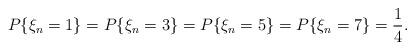
LaTeX: \begin{align*}P\{\xi_n = 1\} = P\{\xi_n = 3\} = P\{\xi_n = 5\} = P\{\xi_n = 7\} = \frac{1}{4}.\end{align*}